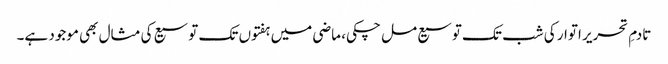
تادمِ تحریر اتوار کی شب تک توسیع مل چکی، ماضی میں ہفتوں تک توسیع کی مثال بھی موجود ہے۔